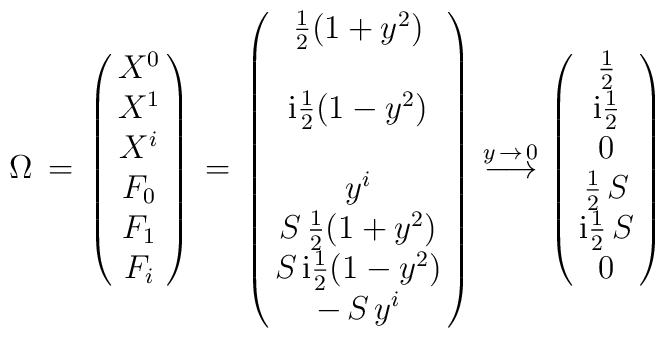
\Omega \, = \, \left ( \matrix{ X^0 \cr X^1 \cr X^{i} \cr F_0 \cr F_1 \cr F_i\cr } \right ) \, = \,\left ( \matrix{ \frac{1}{2}(1+y^2)\cr  \cr {\rm i}\frac{1}{2}(1-y^2)\cr \cr y^{i} \cr S \,\frac{1}{2}(1+y^2)\cr S \, {\rm i}\frac{1}{2}(1-y^2)\cr- \, S \, y^{i} \cr } \right )  \, {\stackrel{y\, \to\,  0}{\longrightarrow}}\, \left ( \matrix{ \frac{1}{2} \cr {\rm i}\frac{1}{2} \cr 0 \cr \frac{1}{2}\, S \cr{\rm i}\frac{1}{2} \, S \cr 0\cr } \right )